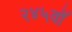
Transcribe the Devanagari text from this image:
२४५वॉ